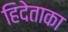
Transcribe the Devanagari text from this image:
हिदेताका